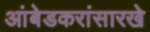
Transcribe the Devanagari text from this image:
आंबेडकरांसारखे